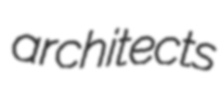
architects